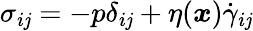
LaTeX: \sigma_{i\mathit{j}}=-p\delta_{i\mathit{j}}+\eta(\boldsymbol{x})\dot{{\gamma}}_{i\mathit{j}}